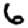
Digit: 6